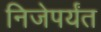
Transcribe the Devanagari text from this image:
निजेपर्यंत